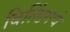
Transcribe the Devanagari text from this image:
बिल्डिंगचे